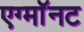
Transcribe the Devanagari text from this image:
एग्माॅनट